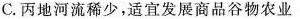
C.丙地河流稀少，适宜发展商品谷物农业